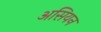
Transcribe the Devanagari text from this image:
असियन